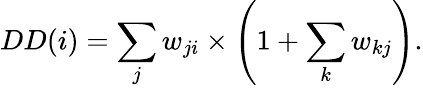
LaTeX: DD(i)=\sum_{j}w_{ji}\times\left(1+\sum_{k}w_{kj}\right).